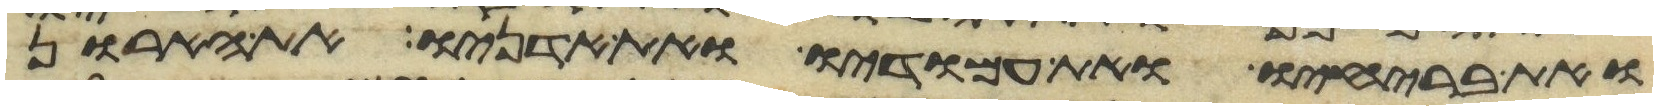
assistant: ואת בריחיו ואת עמודיו ואת אדניו את הארון